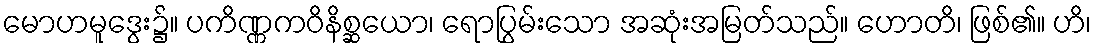
မောဟမူဒွေး၌။ ပကိဏ္ဏကဝိနိစ္ဆယော၊ ရောပြွမ်းသော အဆုံးအမြတ်သည်။ ဟောတိ၊ ဖြစ်၏။ ဟိ၊